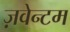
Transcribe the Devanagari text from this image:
ज़वेन्टम